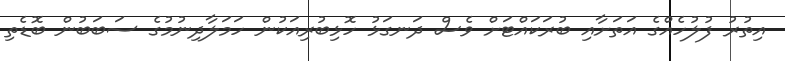
އިތުރު ފުލުހެއްގެ އަތަށާއި ބުރަކައްޓަށް ވެސް ދަނގަޅު ހޮޅިބުރިއަކުން ހަމަލާދިނުމުގެ ސަބަބުން ބޮޑެތި